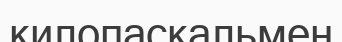
килопаскальмен